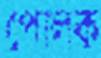
পোলক